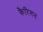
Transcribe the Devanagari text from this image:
कैरिगन